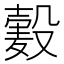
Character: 𱋞